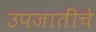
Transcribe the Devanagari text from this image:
उपजातींचे